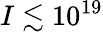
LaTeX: I\lesssim 10^{19}